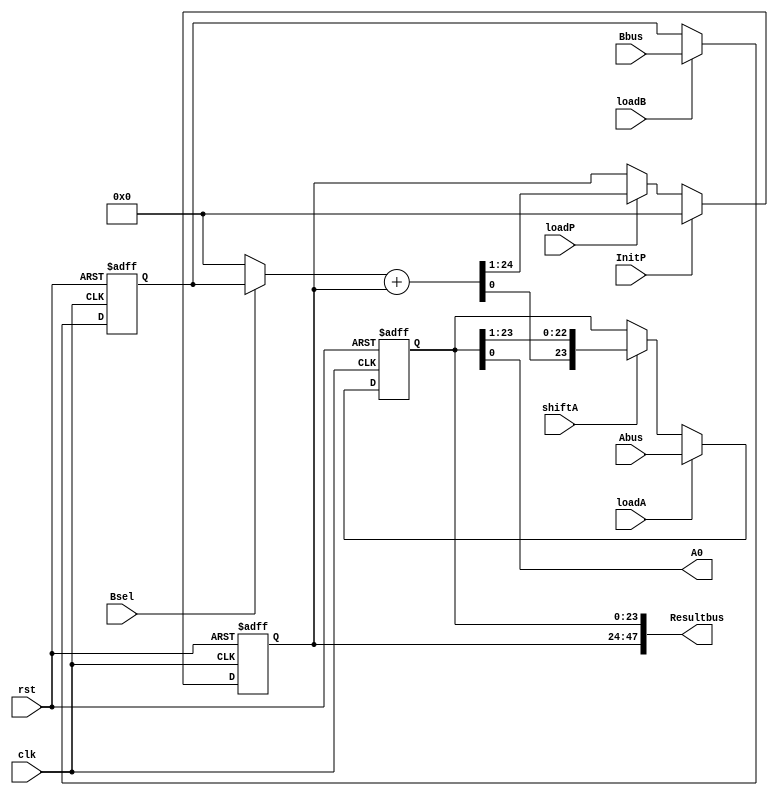
`timescale 1ns/1ns
module MULTDP(input clk, rst, loadA, loadB, loadP, shiftA, InitP, Bsel,input [23:0] Abus, Bbus, output [47:0] Resultbus, output A0);
	reg [23:0] Areg, Breg, Preg;
	wire [23:0] B_AND;
	wire [25:0] Addbus;
	always @(posedge clk, posedge rst) begin
		if (rst)
		       Breg <= 24'b0;
		else if(loadB)
		       Breg <= Bbus;
	end
	always @(posedge clk, posedge rst) begin
		if (rst)
			Preg <= 24'b0;
		else begin
			if(InitP)
			     Preg <= 24'b0;
			else if (loadP)
			     Preg <= Addbus [24:1];
		end
	end
	always @(posedge clk, posedge rst) begin
		if (rst)
			Areg <= 24'b0;
		else begin
			if(loadA)
			       Areg <= Abus;
			else if (shiftA)
			       Areg <= {Addbus[0], Areg[23:1]};
		end
	end
	assign B_AND = Bsel ? Breg : 24'b0;
	assign Addbus = B_AND + Preg;
	assign Resultbus = {Preg, Areg};
	assign A0 = Areg[0];
endmodule